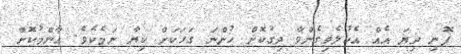
ފޮނި ދިޔަ އެއް އެކުލެވިގެންވާ ދިގުކޮށް ހުންނަ ގަހަކަށް ކިޔާ ނަމެކެވެ. އާންމުކޮށް